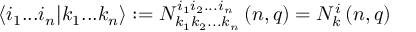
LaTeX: \langle i _ { 1 } . . . i _ { n } | k _ { 1 } . . . k _ { n } \rangle : = N _ { k _ { 1 } k _ { 2 } . . . k _ { n } } ^ { i _ { 1 } i _ { 2 } . . . i _ { n } } \left( n , q \right) = N _ { k } ^ { i } \left( n , q \right)